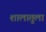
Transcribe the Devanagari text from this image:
शालातुला